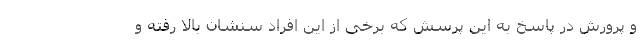
و پرورش در پاسخ به این پرسش که برخی از این افراد سنشان بالا رفته و